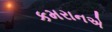
કમરાનએ